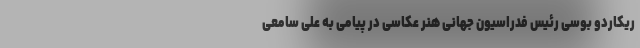
ریکاردو بوسی رئیس فدراسیون جهانی هنر عکاسی در پیامی به علی سامعی